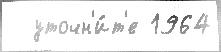
  уточн'и́т'е 1964